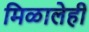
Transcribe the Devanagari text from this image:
मिळालेही